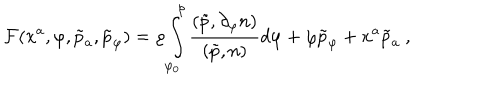
{ \cal F } ( x ^ { a } , \varphi , \tilde { p } _ { a } , \tilde { p } _ { \varphi } ) = \varrho \int _ { \varphi _ { 0 } } ^ { \varphi } \frac { ( \tilde { p } , \partial _ { \varphi } n ) } { ( \tilde { p } , n ) } d \varphi + \varphi \tilde { p } _ { \varphi } + x ^ { a } \tilde { p } _ { a } \ ,